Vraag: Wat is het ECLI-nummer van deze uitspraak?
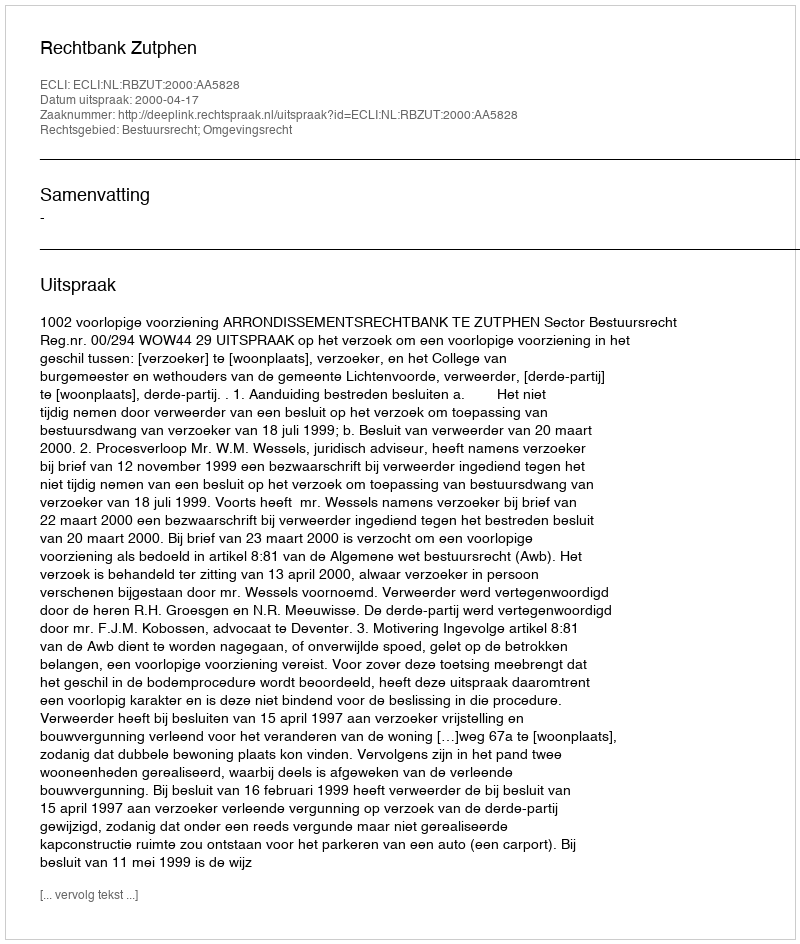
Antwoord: ECLI:NL:RBZUT:2000:AA5828